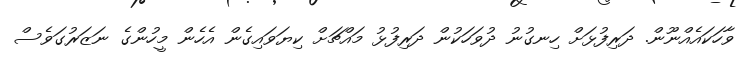
ވާހަކައެއްނޫން. ދަރިފުޅަށް ހިނގުނު ދުވަހަކުން ދަރިފުޅު މައްޗަށް ކިޔަވައިގެން އެހެން މީހުންގެ ނަޒަރުގަވެސް